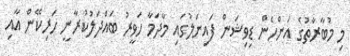
މި މުބާރާތުގެ އަންހެން ޑިވިޝަން ފައިނަލުގައި މާދަމާ ހަވީރު ބައްދަލުކުރާނީ ހަރިކޭން އާއި